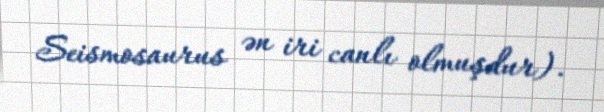
Seismosaurus ən iri canlı olmuşdur).